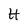
Character: H